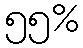
၅၅%